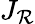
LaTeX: J_{\mathcal{R}}